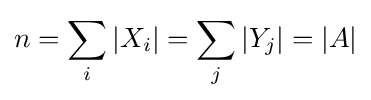
n=\sum _{i}|X_{i}|=\sum _{j}|Y_{j}|=|A|